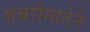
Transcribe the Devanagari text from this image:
शबरीमातेने